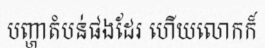
បញ្ហាតំបន់ផងដែរ ហើយលោកក៏